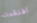
افتقدت